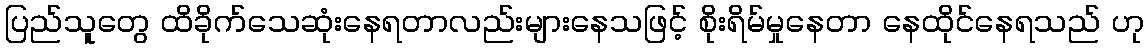
ပြည်သူတွေ ထိခိုက်သေဆုံးနေရတာလည်းများနေသဖြင့် စိုးရိမ်မှုနေတာ နေထိုင်နေရသည် ဟု